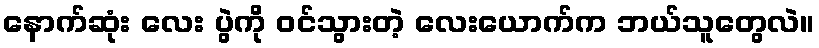
နောက်ဆုံး လေး ပွဲကို ဝင်သွားတဲ့ လေးယောက်က ဘယ်သူတွေလဲ။